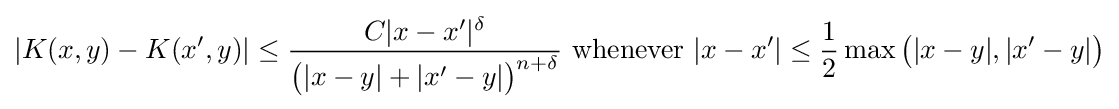
|K(x,y)-K(x',y)|\leq {\frac {C|x-x'|^{\delta }}{{\bigl (}|x-y|+|x'-y|{\bigr )}^{n+\delta }}}{\text{ whenever }}|x-x'|\leq {\frac {1}{2}}\max {\bigl (}|x-y|,|x'-y|{\bigr )}